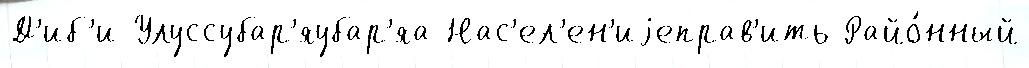
Д'иб'и Улуссубар'яубар'яа Нас'ел'ен'иjеправ'ить Райо́нный